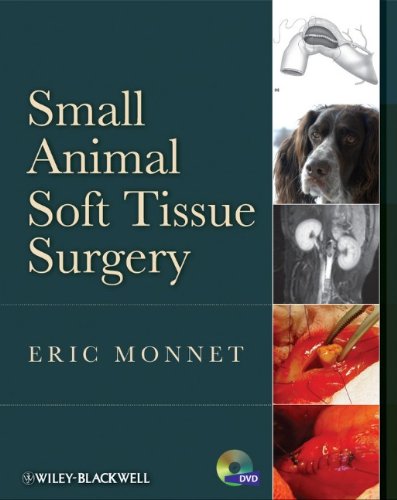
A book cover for Small Animal Soft Tissue Surgery; Medical Books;